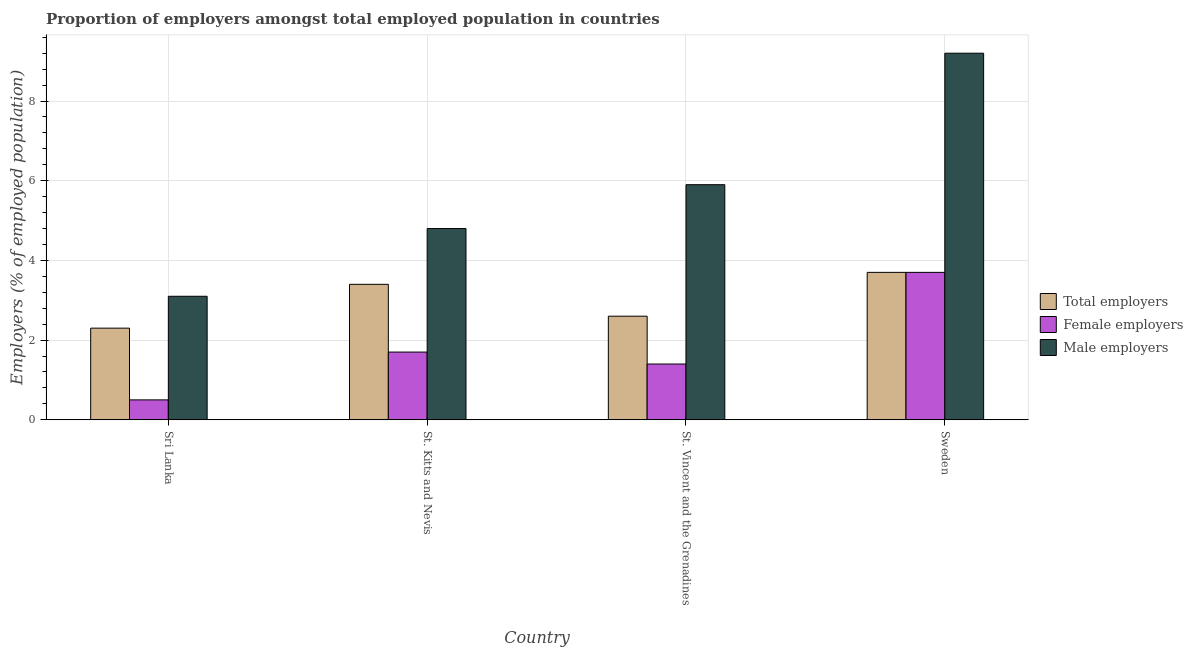
| Country | Total employers | Female employers | Male employers |
 | --- | --- | --- | --- |
 | Sri Lanka | 2.3 | 0.5 | 3.1 |
 | St. Kitts and Nevis | 3.4 | 1.7 | 4.8 |
 | St. Vincent and the Grenadines | 2.6 | 1.4 | 5.9 |
 | Sweden | 3.7 | 3.7 | 9.2 |